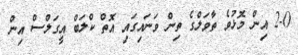
2-0 އިން މޮޅުވެ ތާވަލްގެ ތިން ވަނައިގައި އޮތް ކްލަބް އީގަލްސް އިން